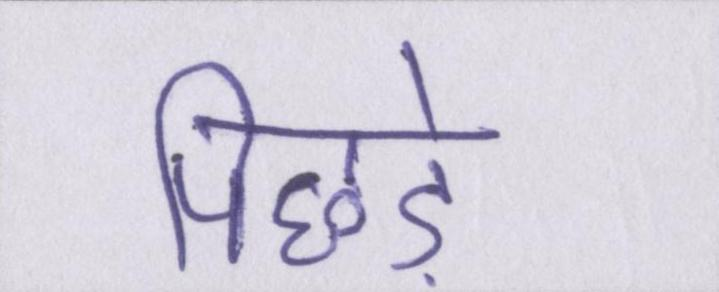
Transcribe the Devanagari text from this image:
पिछड़े